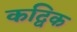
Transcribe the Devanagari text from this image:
कद्विक